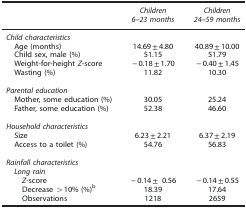
|  | Children 6–23 months | Children 24–59 months |
 | --- | --- | --- |
 | <COLSPAN=3> Child characteristics |
 | Age (months) | 14.69±4.80 | 40.89±10.00 |
 | Child sex, male (%) | 51.15 | 51.79 |
 | Weight-for-height Z-score | −0.18±1.70 | −0.40±1.45 |
 | Wasting (%) | 11.82 | 10.30 |
 |  |  |  |
 | <COLSPAN=3> Parental education |
 | Mother, some education (%) | 30.05 | 25.24 |
 | Father, some education (%) | 52.38 | 46.60 |
 |  |  |  |
 | <COLSPAN=3> Household characteristics |
 | Size | 6.23±2.21 | 6.37±2.19 |
 | Access to a toilet (%) | 54.76 | 56.83 |
 |  |  |  |
 | <COLSPAN=3> Rainfall characteristics |
 | Long rain |  |  |
 | Z-score | −0.14± 0.56 | −0.14±0.55 |
 | Decrease >10% (%)b | 18.39 | 17.64 |
 | Observations | 1218 | 2659 |